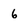
Character: 6